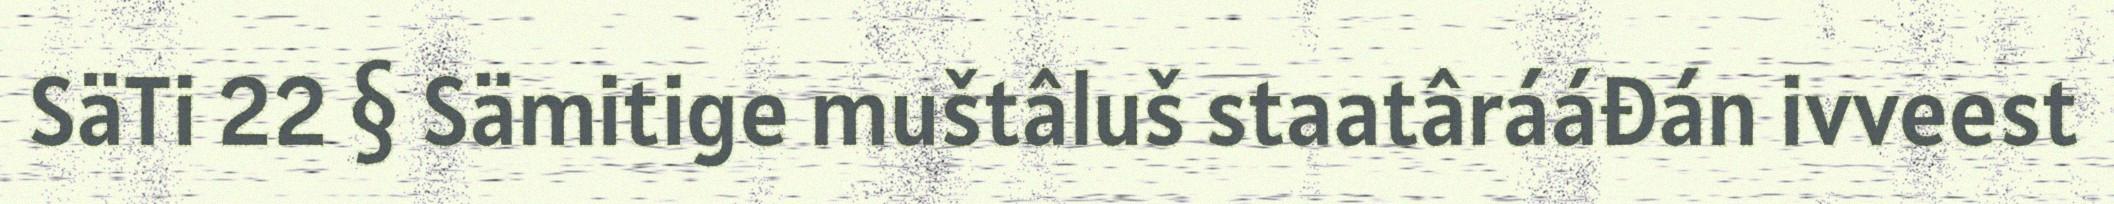
SäTi 22 § Sämitige muštâluš staatârááđán ivveest